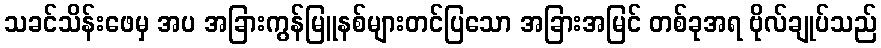
သခင်သိန်းဖေမှ အပ အခြားကွန်မြူနစ်များတင်ပြသော အခြားအမြင် တစ်ခုအရ ဗိုလ်ချုပ်သည်